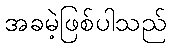
အခမဲ့ဖြစ်ပါသည်